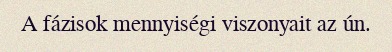
A fázisok mennyiségi viszonyait az ún.